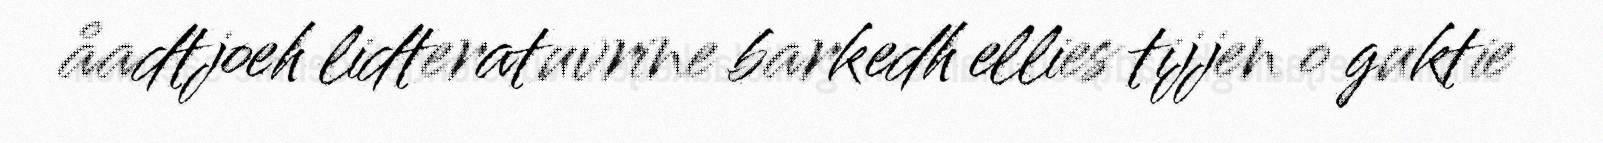
åadtjoeh lidteratuvrine barkedh ellies tijjen o guktie